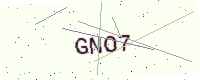
Text: GNO7